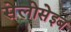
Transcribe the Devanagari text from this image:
सेलोसेइब